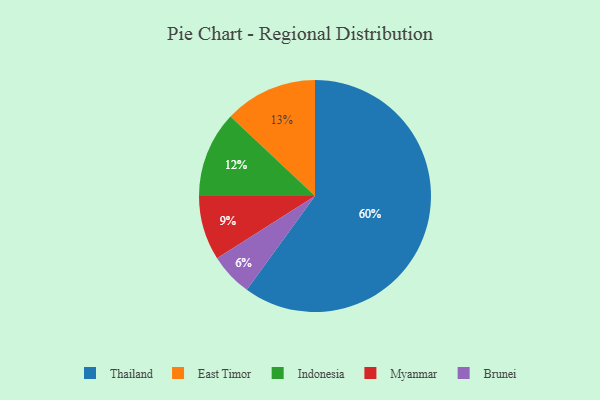
{"axis": {"x": "Category", "y": "Percentage"}, "legend": ["Brunei", "East Timor", "Indonesia", "Myanmar", "Thailand"], "data": [{"x": "Myanmar", "y": 9, "type": "Myanmar"}, {"x": "Brunei", "y": 6, "type": "Brunei"}, {"x": "Thailand", "y": 60, "type": "Thailand"}, {"x": "Indonesia", "y": 12, "type": "Indonesia"}, {"x": "East Timor", "y": 13, "type": "East Timor"}]}